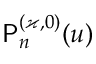
\mathsf { P } _ { n } ^ { ( \varkappa , 0 ) } ( u )